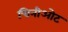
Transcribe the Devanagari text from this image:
चिनीओट